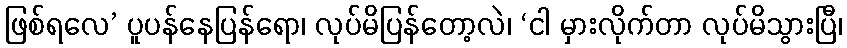
ဖြစ်ရလေ’ ပူပန်နေပြန်ရော၊ လုပ်မိပြန်တော့လဲ၊ ‘ငါ မှားလိုက်တာ လုပ်မိသွားပြီ၊